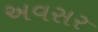
અવસર